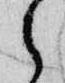
之